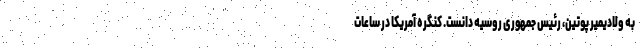
به ولادیمیر پوتین، رئیس جمهوری روسیه دانست. کنگره آمریکا در ساعات